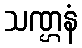
သဏ္ဌနံ